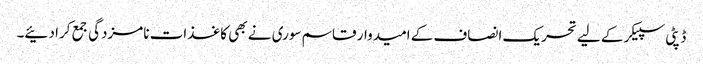
ڈپٹی سپیکر کے لیے تحریک انصاف کے امیدوار قاسم سوری نے بھی کاغذات نامزدگی جمع کرا دئیے۔